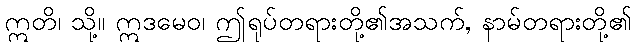
ဣတိ၊ သို့။ ဣဒမေဝ၊ ဤရုပ်တရားတို့၏အသက်, နာမ်တရားတို့၏